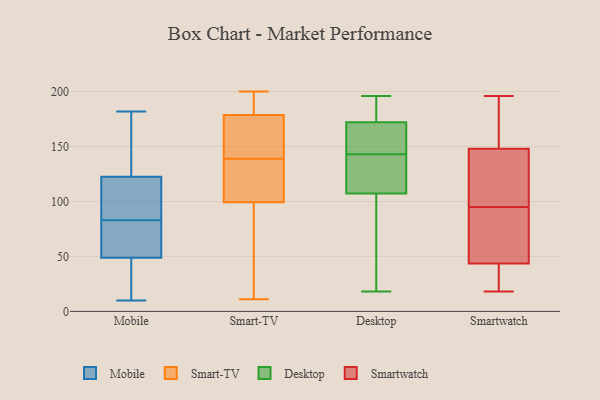
{"axis": {"x": "Bounce Rate (%)", "y": "Value"}, "legend": ["Desktop", "Mobile", "Smart-TV", "Smartwatch"], "data": [{"x": "", "y": 41, "type": "Mobile"}, {"x": "", "y": 83, "type": "Mobile"}, {"x": "", "y": 57, "type": "Mobile"}, {"x": "", "y": 120, "type": "Mobile"}, {"x": "", "y": 182, "type": "Mobile"}, {"x": "", "y": 10, "type": "Mobile"}, {"x": "", "y": 54, "type": "Mobile"}, {"x": "", "y": 138, "type": "Mobile"}, {"x": "", "y": 170, "type": "Mobile"}, {"x": "", "y": 121, "type": "Mobile"}, {"x": "", "y": 123, "type": "Mobile"}, {"x": "", "y": 42, "type": "Mobile"}, {"x": "", "y": 55, "type": "Mobile"}, {"x": "", "y": 47, "type": "Mobile"}, {"x": "", "y": 89, "type": "Mobile"}, {"x": "", "y": 198, "type": "Smart-TV"}, {"x": "", "y": 139, "type": "Smart-TV"}, {"x": "", "y": 87, "type": "Smart-TV"}, {"x": "", "y": 46, "type": "Smart-TV"}, {"x": "", "y": 162, "type": "Smart-TV"}, {"x": "", "y": 183, "type": "Smart-TV"}, {"x": "", "y": 11, "type": "Smart-TV"}, {"x": "", "y": 172, "type": "Smart-TV"}, {"x": "", "y": 39, "type": "Smart-TV"}, {"x": "", "y": 155, "type": "Smart-TV"}, {"x": "", "y": 181, "type": "Smart-TV"}, {"x": "", "y": 94, "type": "Smart-TV"}, {"x": "", "y": 116, "type": "Smart-TV"}, {"x": "", "y": 200, "type": "Smart-TV"}, {"x": "", "y": 115, "type": "Smart-TV"}, {"x": "", "y": 188, "type": "Smart-TV"}, {"x": "", "y": 165, "type": "Smart-TV"}, {"x": "", "y": 121, "type": "Smart-TV"}, {"x": "", "y": 120, "type": "Smart-TV"}, {"x": "", "y": 157, "type": "Desktop"}, {"x": "", "y": 53, "type": "Desktop"}, {"x": "", "y": 87, "type": "Desktop"}, {"x": "", "y": 100, "type": "Desktop"}, {"x": "", "y": 181, "type": "Desktop"}, {"x": "", "y": 143, "type": "Desktop"}, {"x": "", "y": 140, "type": "Desktop"}, {"x": "", "y": 172, "type": "Desktop"}, {"x": "", "y": 172, "type": "Desktop"}, {"x": "", "y": 134, "type": "Desktop"}, {"x": "", "y": 189, "type": "Desktop"}, {"x": "", "y": 18, "type": "Desktop"}, {"x": "", "y": 165, "type": "Desktop"}, {"x": "", "y": 129, "type": "Desktop"}, {"x": "", "y": 196, "type": "Desktop"}, {"x": "", "y": 43, "type": "Smartwatch"}, {"x": "", "y": 123, "type": "Smartwatch"}, {"x": "", "y": 44, "type": "Smartwatch"}, {"x": "", "y": 70, "type": "Smartwatch"}, {"x": "", "y": 196, "type": "Smartwatch"}, {"x": "", "y": 168, "type": "Smartwatch"}, {"x": "", "y": 97, "type": "Smartwatch"}, {"x": "", "y": 29, "type": "Smartwatch"}, {"x": "", "y": 20, "type": "Smartwatch"}, {"x": "", "y": 119, "type": "Smartwatch"}, {"x": "", "y": 18, "type": "Smartwatch"}, {"x": "", "y": 93, "type": "Smartwatch"}, {"x": "", "y": 193, "type": "Smartwatch"}, {"x": "", "y": 137, "type": "Smartwatch"}, {"x": "", "y": 159, "type": "Smartwatch"}, {"x": "", "y": 76, "type": "Smartwatch"}]}